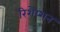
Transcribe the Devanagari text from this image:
रिशेप्शन